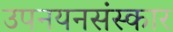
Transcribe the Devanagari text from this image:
उपनयनसंस्कार